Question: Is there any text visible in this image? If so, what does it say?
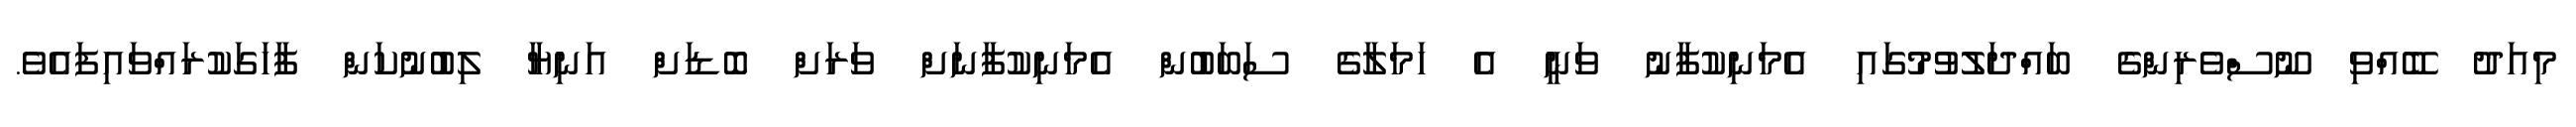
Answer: މިއަދު ބޭއްވި ނޫސްވެރިންގެ ބައްދަލުވުމުގައި އެމަނިކުފާނު ވަނީ އެ ހަމަލާގެ ސަބަބުން އެމަނިކުފާނަށް ވަރަށް ބޮޑަށް އަނިޔާ ލިބުނުކަން ފާހަގަކުރައްވައިފައެވެ.